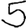
Digit: 5